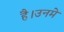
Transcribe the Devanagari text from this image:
है।उनमे